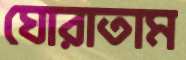
ঘোরাতাম